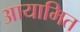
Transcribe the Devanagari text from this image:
आयामित